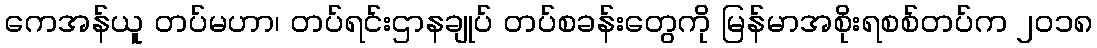
ကေအန်ယူ တပ်မဟာ၊ တပ်ရင်းဌာနချုပ် တပ်စခန်းတွေကို မြန်မာအစိုးရစစ်တပ်က ၂၀၁၈